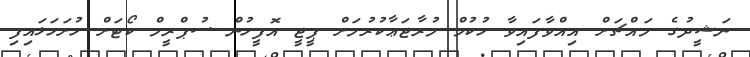
ނަޝީދުގެ މައްޗަށް އިއްވާފައިވާ ހުކުމް މުރާޖަޢާކުރުމަށް ޕީޖީ އޮފީހުން ސުޕްރީމް ކޯޓަށް ހުށަހަޅައިފި